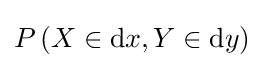
P\left(X\in \mathrm {d} x,Y\in \mathrm {d} y\right)